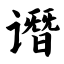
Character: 谮